system: You are a helpful assistant.
user:
Analyze the provided spectrum to determine if it is a **M-type Giant (gM)**.

A M-type Giant spectrum is defined by its **strong molecular absorption** features, particularly from **Titanium Oxide (TiO)**. You must check for one of the following mutually exclusive signatures:

- **Key Visual Indicators (Absorption-Dominated Spectrum):**

    - **(Primary):** The spectrum is dominated by strong molecular absorption from **Titanium Oxide (TiO)**. This is the **defining feature** of its M-type temperature class.
        - **(Key Bandheads):** Look for sharp, "saw-tooth" absorption valleys. The strongest are located near **~7050 Å**, **~6160 Å**, and **~5170 Å**.
        - **(Line Profile):** The "saw-tooth" morphology is critical: a **sharp, steep drop on the BLUE (short-wavelength) side** of the bandhead, followed by a gradual recovery (rising flux) towards the RED (long-wavelength) side.

    - **(Key Confirmation - Giant vs. Dwarf):** **ABSENCE** of strong **Calcium Hydride (CaH)** molecular bands. This is the primary diagnostic for *excluding* M-dwarfs.
        - **(Key Region):** The spectrum should lack the strong, broad absorption band seen in dwarfs between **~6800 Å and ~7000 Å**.

    - **(Secondary Confirmation - Giant):** A very strong and broad **Neutral Calcium (Ca I)** atomic absorption line.
        - **(Key Line):** Located at **~4226 Å**. In a giant (gM), this line is significantly deeper and broader than the same line in an M-dwarf (dM) due to low surface gravity.

    - **(Overall Spectrum):**
        - The continuum is **extremely red-sloping** (i.e., flux is very low in the blue and rises dramatically towards the red).
        - The entire spectrum appears "chopped up" by the deep TiO bands.

Think first, call **spectral_visualization_tool** if needed to examine features in detail, then provide your final answer. Your response must adhere to the following strict rules:
1.  **Overall Structure:** Your response must follow the format `<think>...</think> <tool_call>...</tool_call> (if a tool is used) <answer>...</answer>`.
2.  **Tool Usage Constraint:** You may only make **one** tool call per turn.
3.  **Final Answer Format:** In the `<answer>` tag, your conclusion must be inside a `\boxed{}` command (e.g., `\boxed{YES}` or `\boxed{NO}`), followed by your justification.

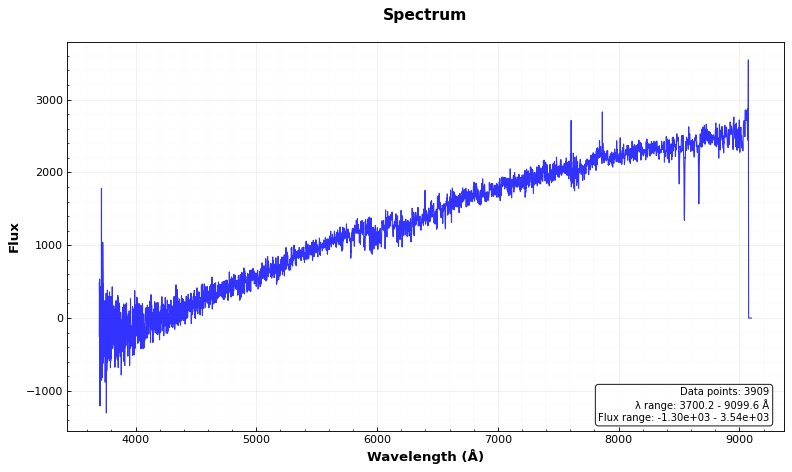
Answer: NO